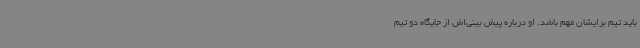
باید تیم برایشان مهم باشد. او درباره پیش بینی‌اش از جایگاه دو تیم